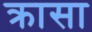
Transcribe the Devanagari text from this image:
क्रासा